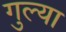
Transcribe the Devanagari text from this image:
गुल्या